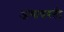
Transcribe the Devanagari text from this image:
अंगावरती